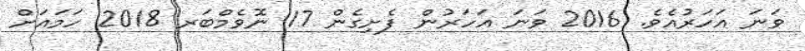
ވަނަ އަހަރުއެވެ. 2016 ވަނަ އަހަރުން ފެށިގެން 17 ނޮވެމްބަރ 2018 ހަމައަށް